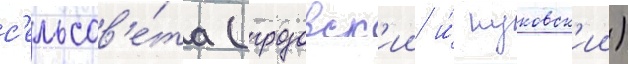
с'ельсов'е́та (грозовск'ии и́ пуковск'ии)